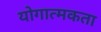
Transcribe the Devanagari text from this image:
योगात्मकता